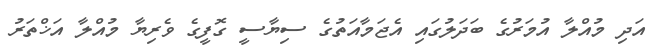
އަދި މުއްލާ އުމަރުގެ ބަދަލުގައި އެޖަމާއަތުގެ ސިޔާސީ ގޮފީގެ ވެރިޔާ މުއްލާ އަޚްތަރު